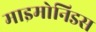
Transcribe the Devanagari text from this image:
माइमोनिडस